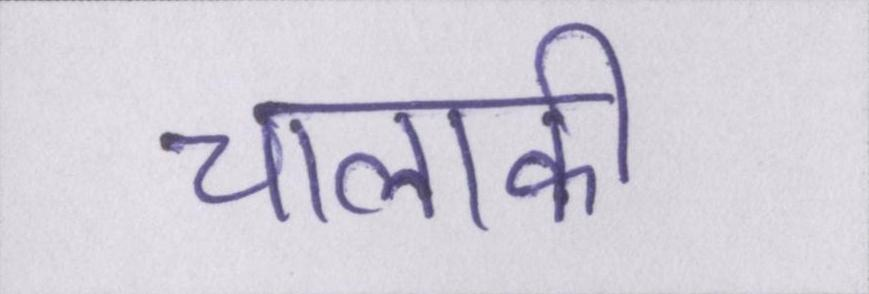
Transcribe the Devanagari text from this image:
चालाकी